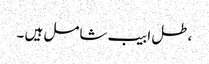
،طل ابیب شامل ہیں ۔